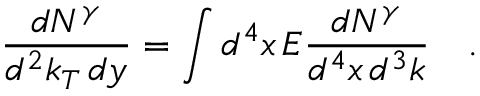
\frac { d N ^ { \gamma } } { d ^ { 2 } k _ { T } \, d y } = \int d ^ { 4 } x \, E \frac { d N ^ { \gamma } } { d ^ { 4 } x \, d ^ { 3 } k } \quad .